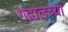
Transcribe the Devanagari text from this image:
गद्वालच्या